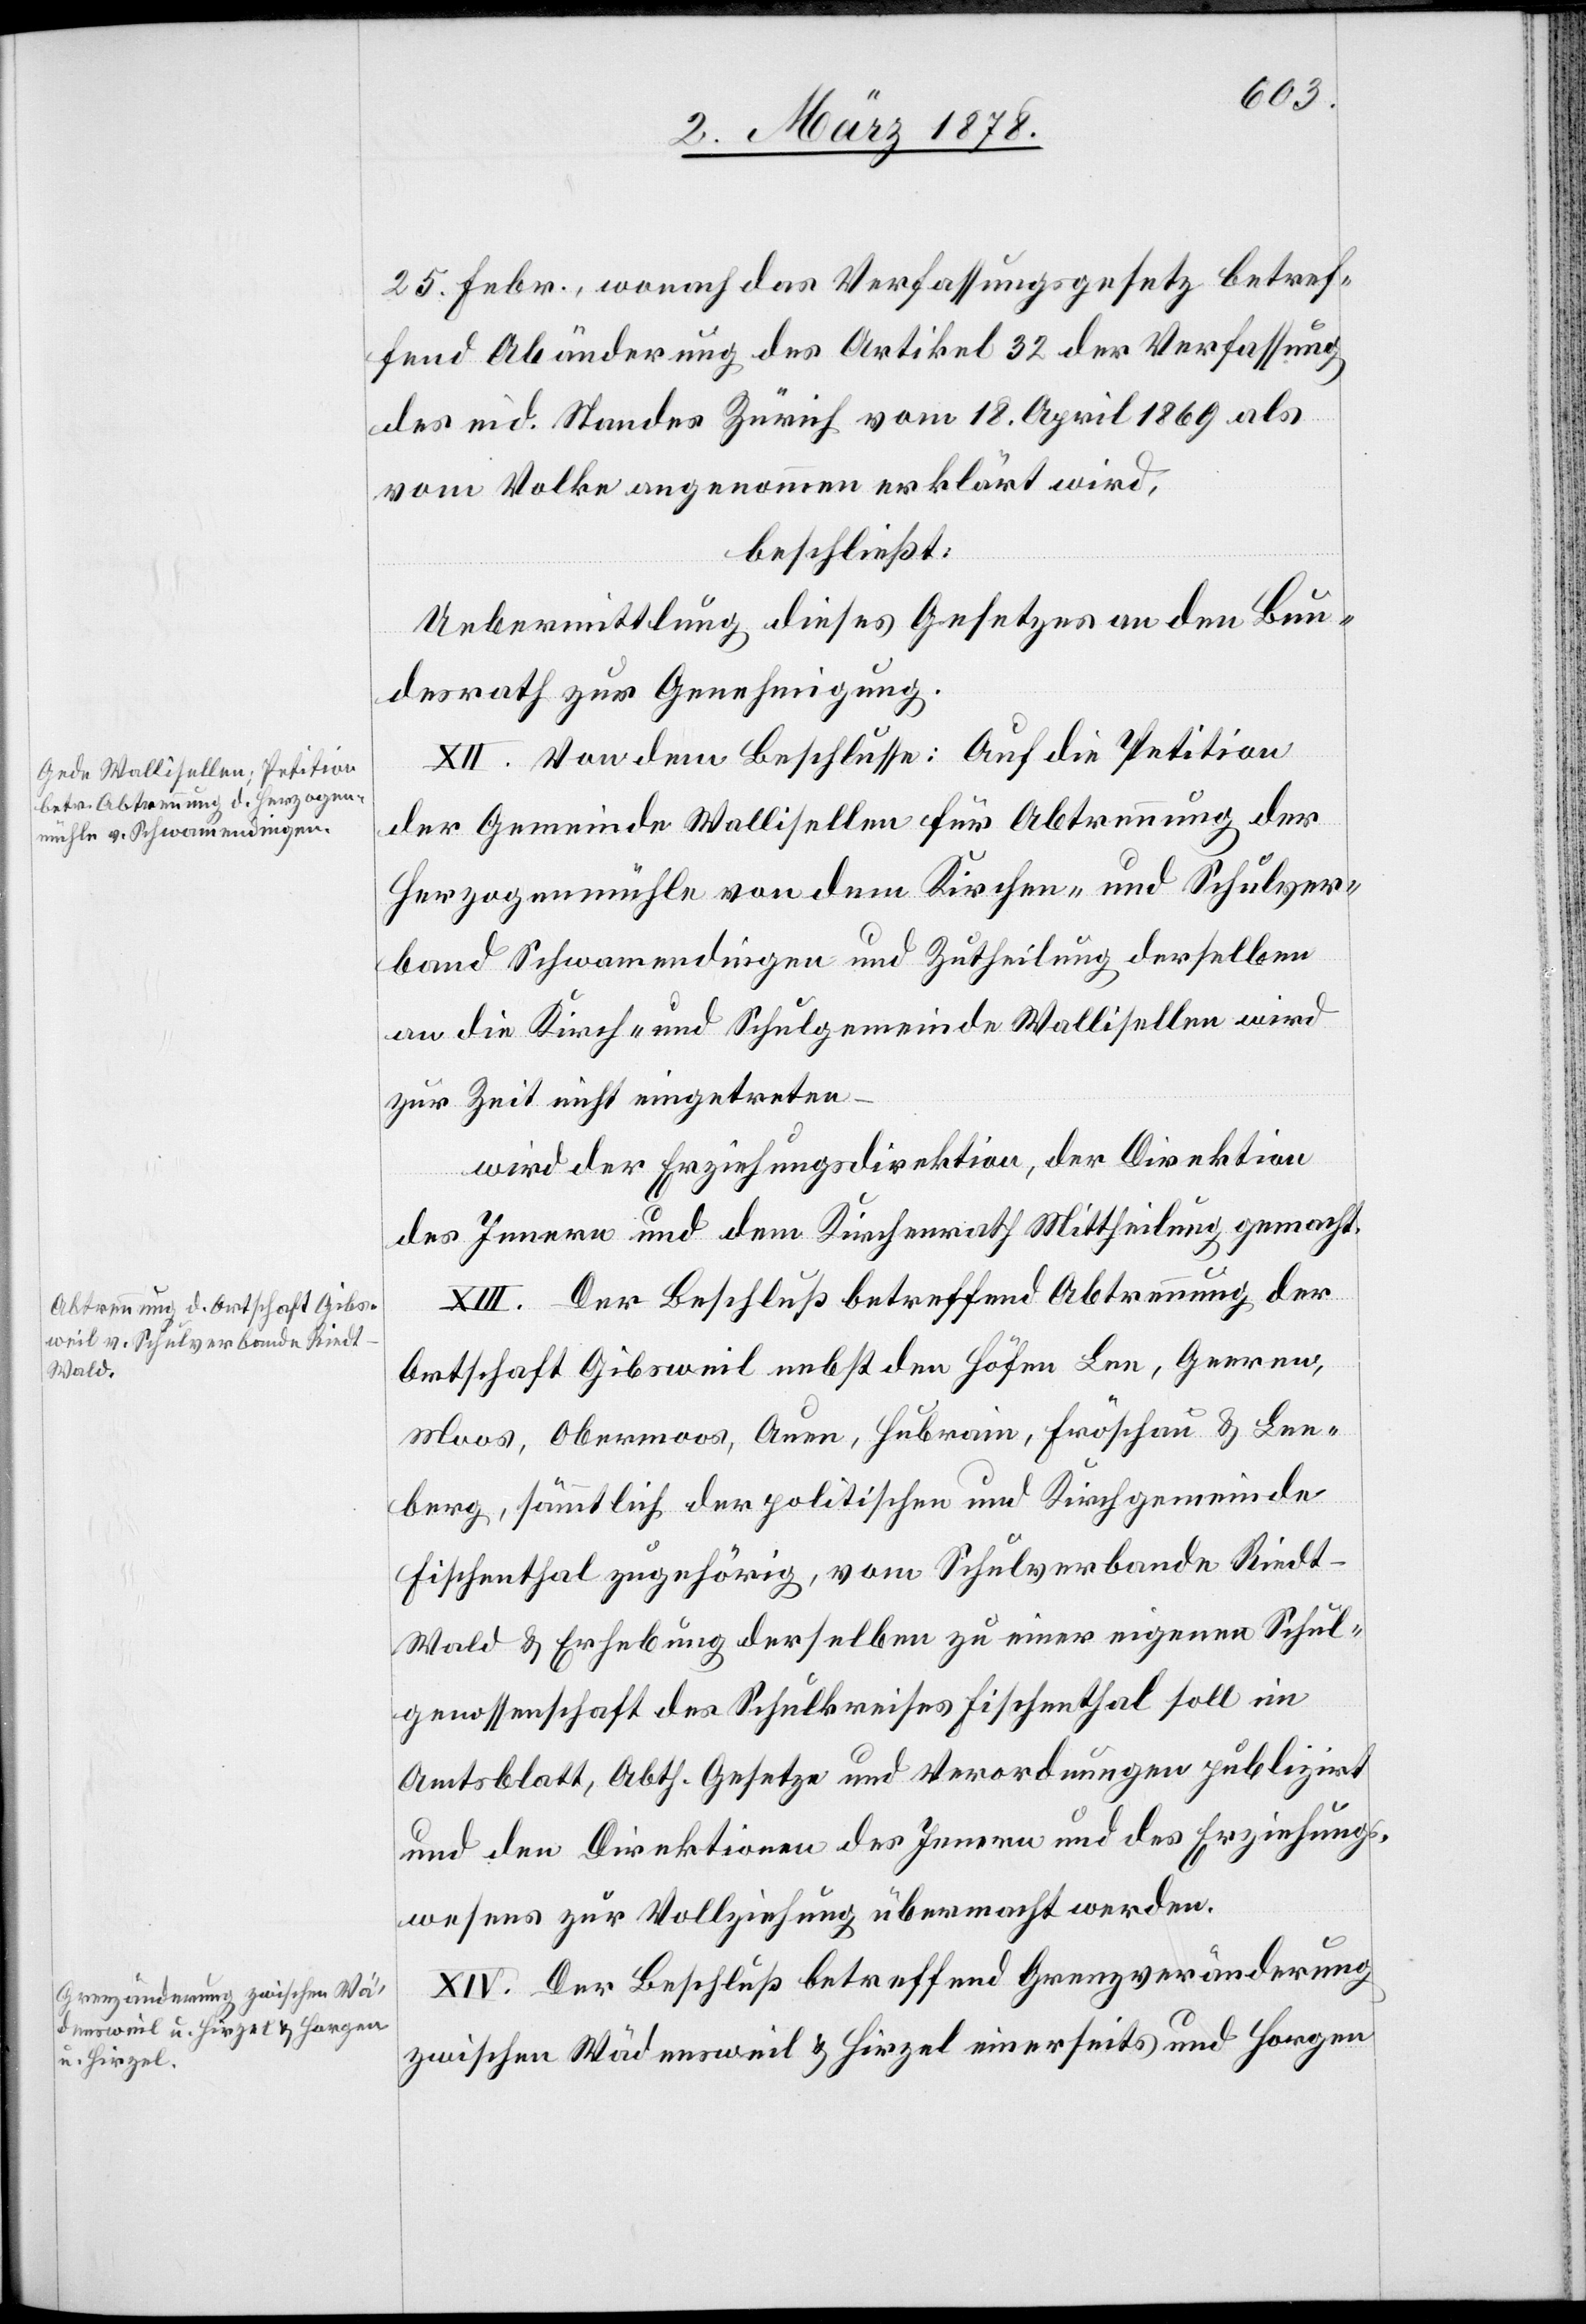
25. Febr., wonach das Verfassungsgesetz betref¬
fend Abänderung des Artikel 32 der Verfassung
des eid. Standes Zürich vom 18. April 1869 als
vom Volke angenommen erklärt wird,
beschließt:
Uebermittlung dieses Gesetzes an den Bun¬
desrath zur Genehmigung.
XII. Von dem Beschlusse: Auf die Petition
der Gemeinde Wallisellen für Abtrennung der
Herzogenmühle von dem Kirchen- und Schulver¬
band Schwamendingen und Zutheilung derselben
an die Kirch- und Schulgemeinde Wallisellen wird
zur Zeit nicht eingetreten
wird der Erziehungsdirektion, der Direktion
des Innern und dem Kirchenrath Mittheilung gemacht.
XIII. Der Beschluß betreffend Abtrennung der
Ortschaft Gibsweil nebst den Höfen Lee, Geeren,
Moss, Obermoos, Auen, Hubrain, Fröschau & Lee¬
berg, sämmtlich der politischen und Kirchgemeinde
Fischenthal zugehörig, vom Schulverbande Riedt
Wald & Erhebung derselben zu einer eigenen Schul¬
genossenschaft des Schulkreises Fischenthal soll im
Amtsblatt, Abth. Gesetze und Verordnungen publizirt
und den Direktionen des Innern und des Erziehungs¬
wesens zur Vollziehung übermacht werden.
XIV. Der Beschluß betreffend Grenzveränderung
zwischen Wädensweil & Hirzel einerseits und Horgen